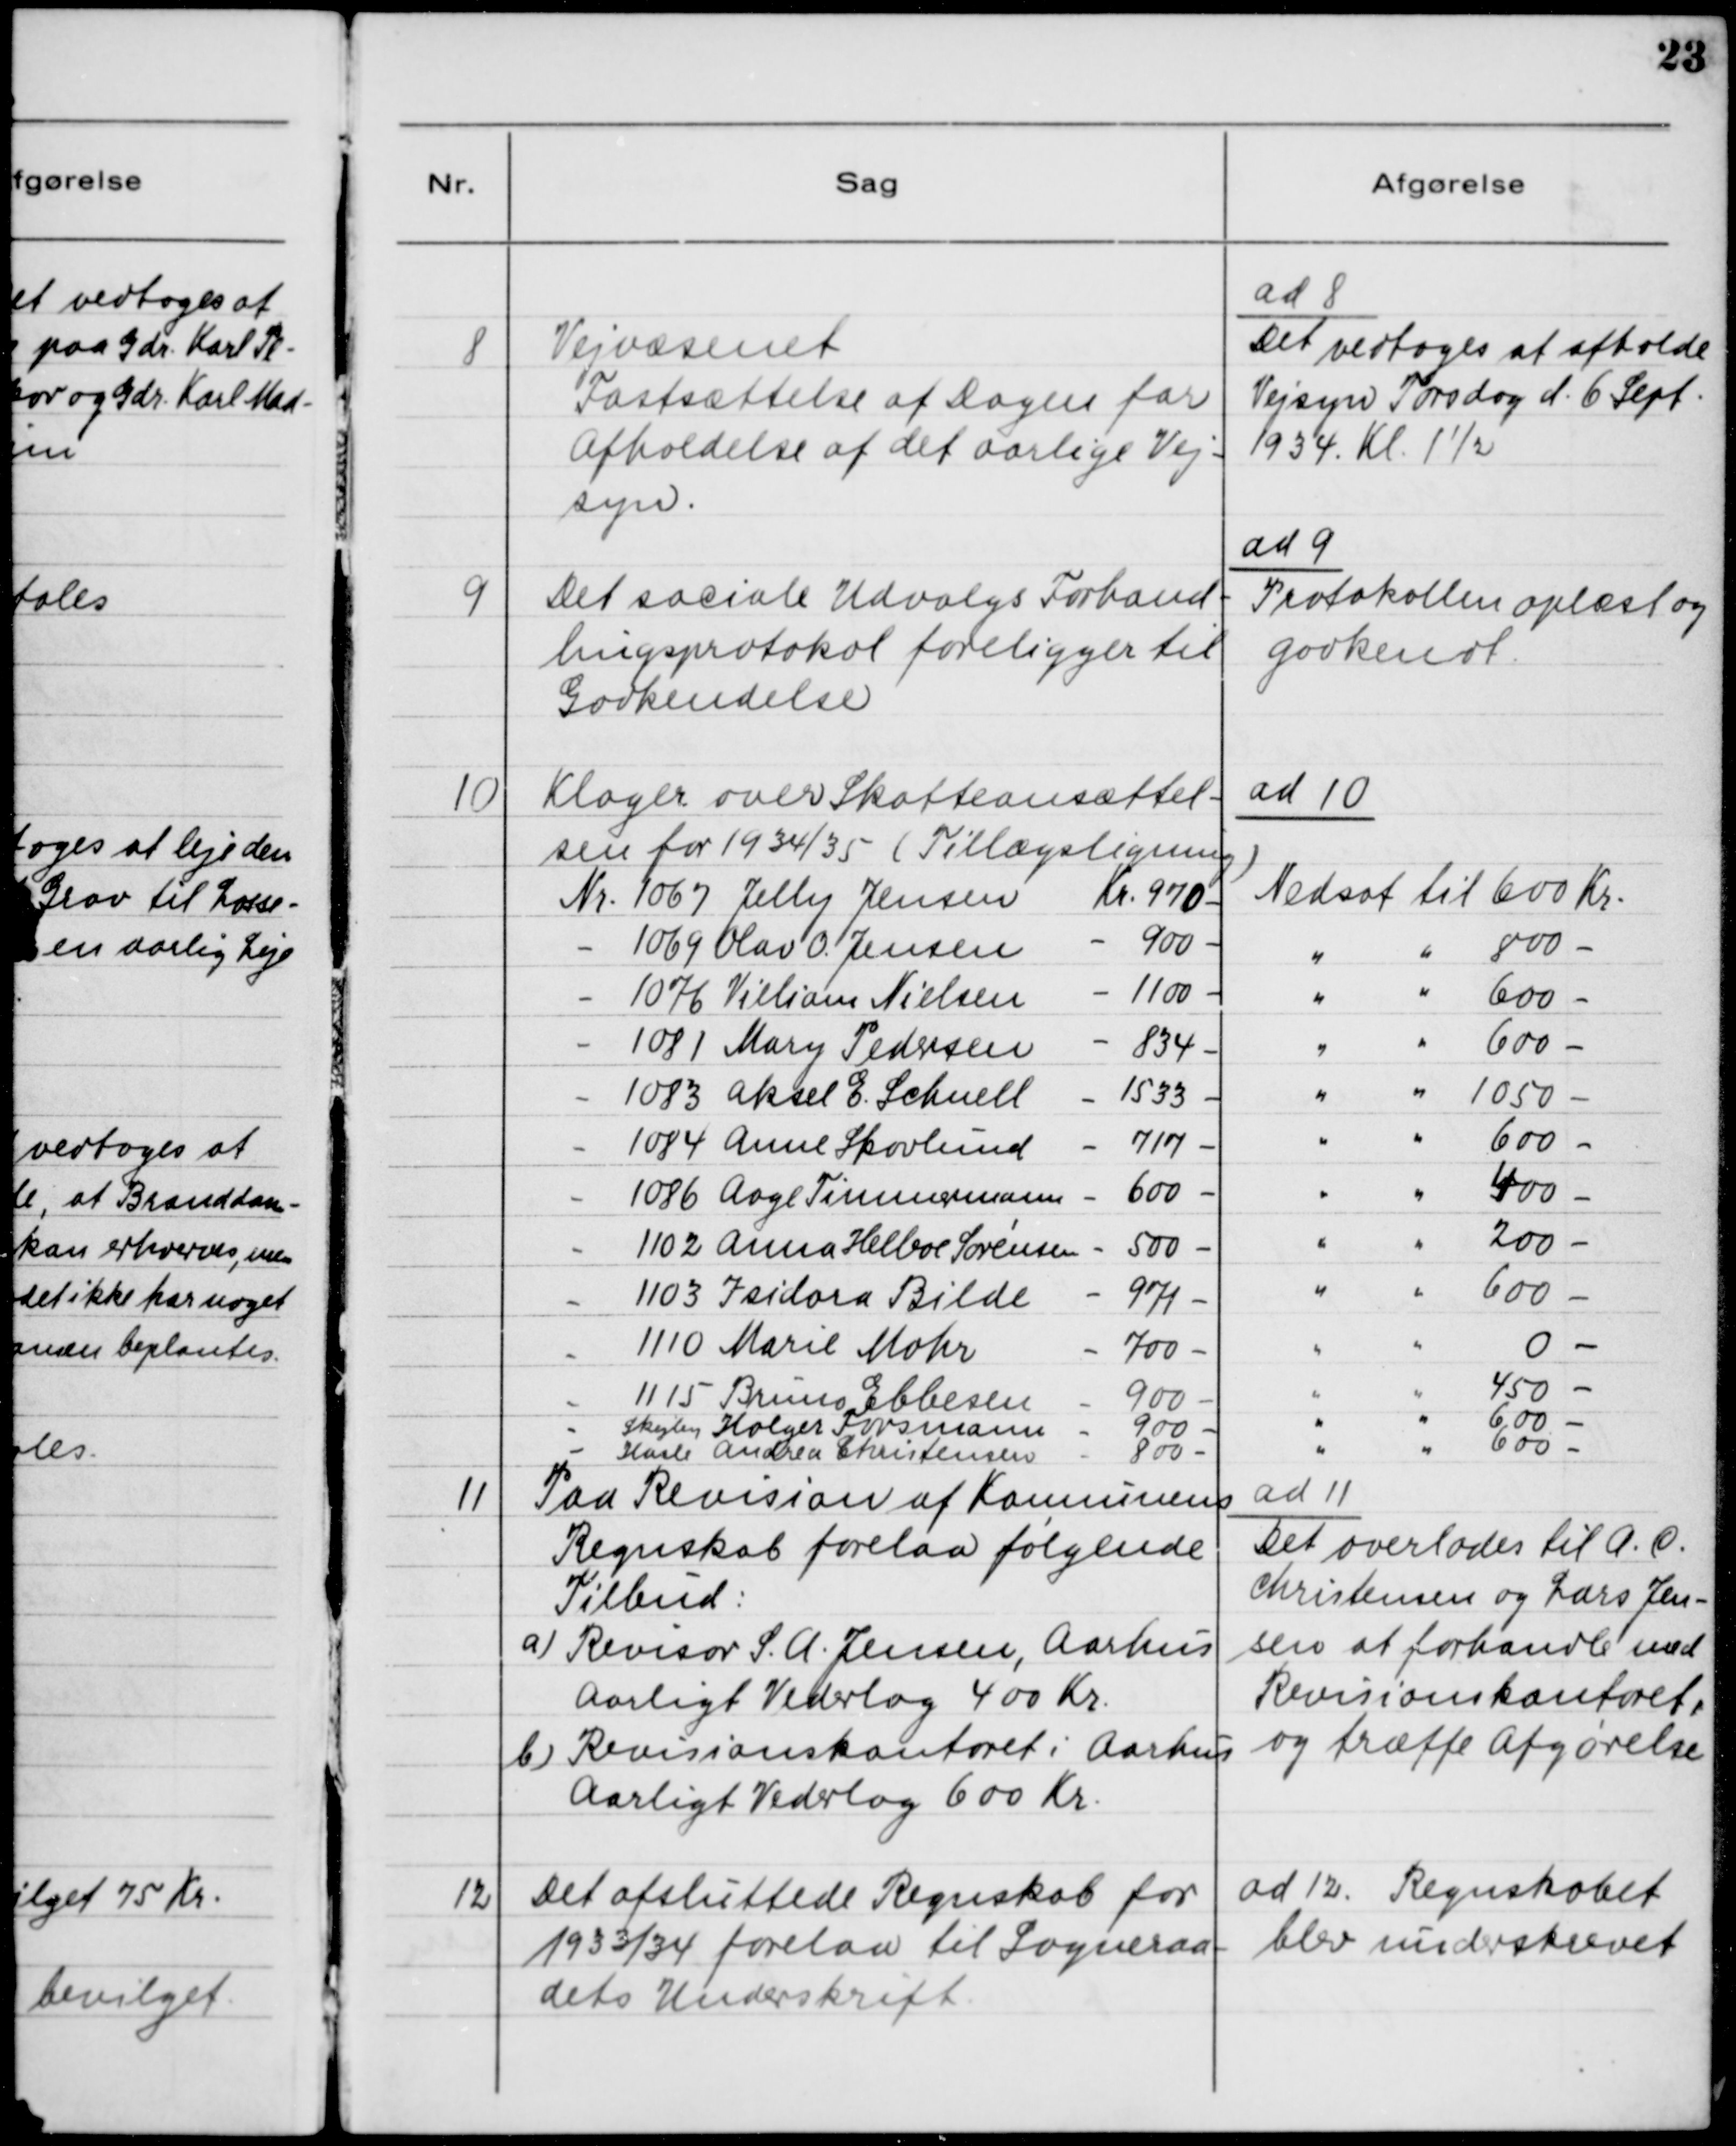
Transskription:
8

Vejvæsenet
Fastsættelse af Dagen for
Afholdelse af det aarlige Vej-
syn.

ad 8.
Det vedtoges af afholde
Vejsyn Torsdag d. 6 Sept.
1934 Kl. 1 1/2

9

Det sociale Udvalgs Forhand-
lingsprotokol foreligger til
Godkendelse

ad 9.
Protokollen oplæst og
godkendt.

10

11

Paa Revision af Kommunens
Regnskab forelaa følgende
Tilbud:
a) Revisor S. A. Jensen, Aarhus
Aarligt Vederlag 400 Kr.
b) Revisionskontoret i Aarhus
Aarligt Vederlag 600 Kr.

ad 11.
Det overlades til A. C.
Christensen og Lars Jen-
sen at forhandle med
Rivisionskontoret,
og træffe Afgørelse

12

Det afsluttede Regnskab for
1933/34 forelaa til Sogneraa-
dets Underskrift.

ad 12. Regnskabet
blev underskrevet